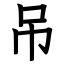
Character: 吊